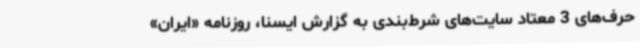
حرف‌های 3 معتاد سایت‌های شرط‌بندی به گزارش ایسنا، روزنامه «ایران»